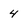
Character: 4